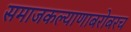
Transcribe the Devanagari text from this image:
समाजकल्याणाबरोबरच